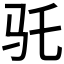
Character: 𱄽